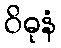
ဝိဓုနံ